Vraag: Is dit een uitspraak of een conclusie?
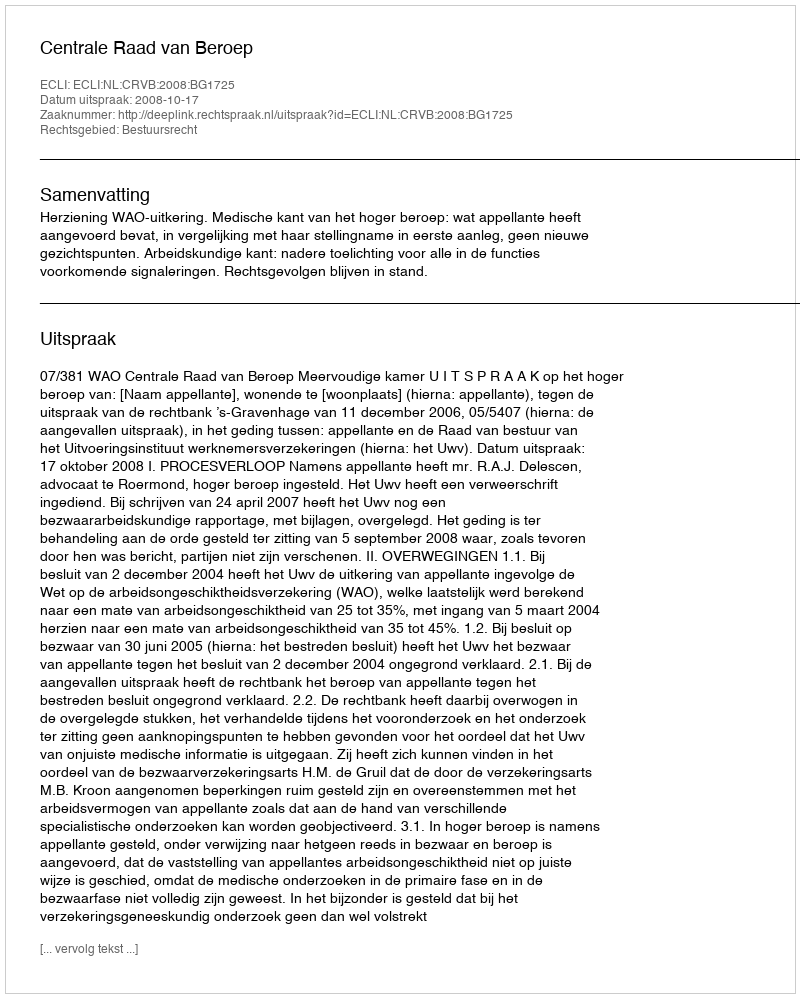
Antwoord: Uitspraak